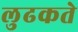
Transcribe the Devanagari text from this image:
लुढकते